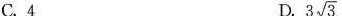
C.4 D. 3\sqrt{3}